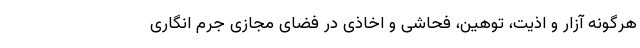
هرگونه آزار و اذیت، توهین، فحاشی و اخاذی در فضای مجازی جرم انگاری